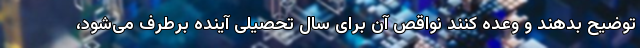
توضیح بدهند و وعده کنند نواقص آن برای سال تحصیلی آینده برطرف می‌شود،